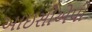
આઇસીએપી